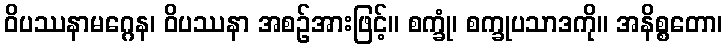
ဝိပဿနာမဂ္ဂေန၊ ဝိပဿနာ အစဉ်အားဖြင့်။ စက္ခုံ၊ စက္ခုပသာဒကို။ အနိစ္စတော၊